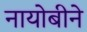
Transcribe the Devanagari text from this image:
नायोबीने